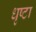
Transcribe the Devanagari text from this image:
धृष्टा